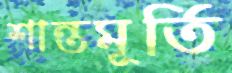
শান্তমূর্তি